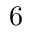
6